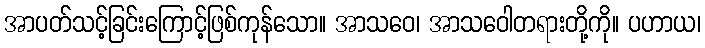
အာပတ်သင့်ခြင်းကြောင့်ဖြစ်ကုန်သော။ အာသဝေ၊ အာသဝေါတရားတို့ကို။ ပဟာယ၊